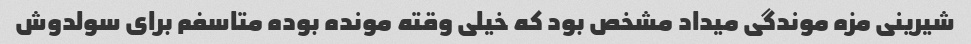
شیرینی مزه موندگی میداد مشخص بود که خیلی وقته مونده بوده متاسفم برای سولدوش